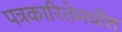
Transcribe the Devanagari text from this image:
पत्रकारितेमधील